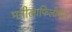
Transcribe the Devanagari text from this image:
मनीलाफिलीपींस